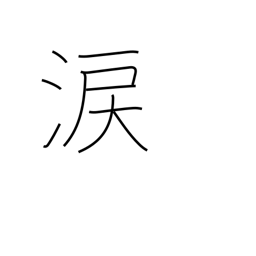
Meaning: sympathy